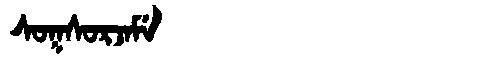
Manchu: ᠰᠣᡴᠰᠣᡵᠵᠠᠮᡝ
Romanization: SOKSORJAME